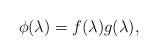
LaTeX: \begin{align*}\phi(\lambda)=f(\lambda)g(\lambda),\end{align*}